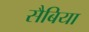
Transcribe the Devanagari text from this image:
सैबिया